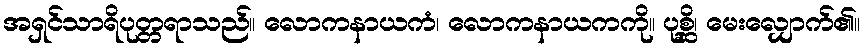
အရှင်သာရိပုတ္တရာသည်။ လောကနာယကံ၊ လောကနာယကကို။ ပုစ္ဆိ၊ မေးလျှောက်၏။